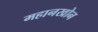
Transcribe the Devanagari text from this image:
महानखोन